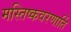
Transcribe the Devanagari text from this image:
मस्तिष्कवरणार्ति